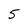
Character: 5